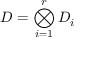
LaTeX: D = \bigotimes _ { i = 1 } ^ { r } D _ { i }